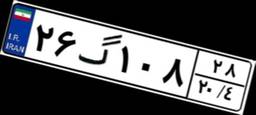
۸۸گ۶۰۲۸۵